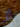
لا